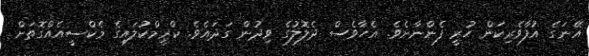
އޭނަގެ އުފާވެރިކަން ހުރީ ފެންނާށެވެ. އެހާވެސް ދެލޮލުގެ ވިދުން ގަދައެވެ. ކްރީމްކުލައިގެ މެކްސީއެއްގޮތަށް